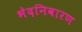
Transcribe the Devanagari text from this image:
भेदनिवारण